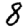
Digit: 8